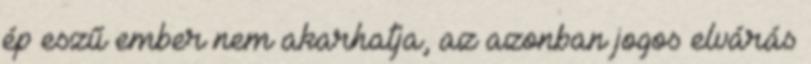
ép eszű ember nem akarhatja, az azonban jogos elvárás